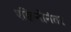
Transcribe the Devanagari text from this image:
एक्विनोनंतर